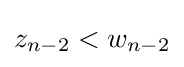
z_{n-2}<w_{n-2}